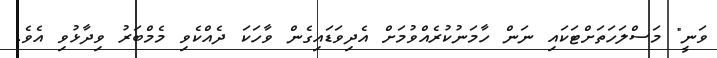
ވަނީ" މަސްލަހަތަށްޓަކައި ނަން ހާމަނުކުރެއްވުމަށް އެދިވަޑައިގެން ވާހަކަ ދެއްކެވި މެމްބަރު ވިދާޅުވި އެވެ.